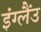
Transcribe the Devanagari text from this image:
इंग्लैंउ